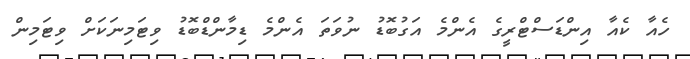
ހެއާ ކެއާ އިންޑަސްޓްރީގެ އެންމެ އަގުބޮޑު ނުވަތަ އެންމެ ޑިމާންޑްބޮޑު ވިޓަމިނަކަށް ވިޓަމިން